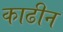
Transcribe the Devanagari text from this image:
काढीन